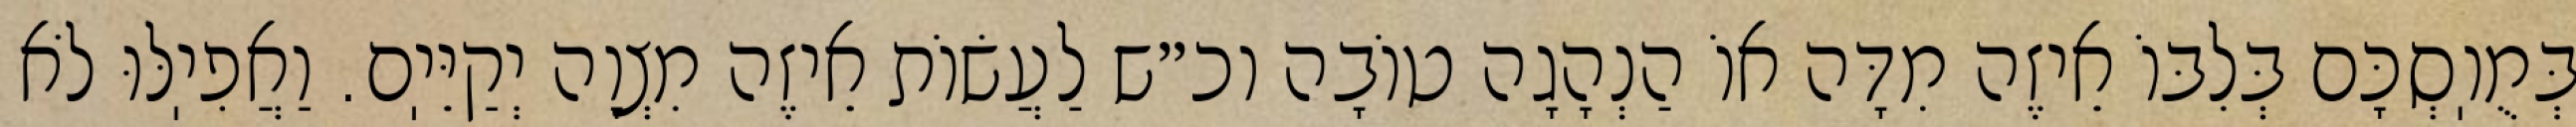
בְּמֻוֽסְכָּם בְּלִבּוֹ אֵיזֶה מִדָּה אוֹ הַנְהָגָה טוֹבָה וכ״ש לַעֲשׂוֹת אֵיזֶה מִצְוָה יְקַיֵּיֽם. וַאֲפִיֽלּוּ לֹא